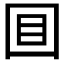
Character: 𡇌